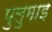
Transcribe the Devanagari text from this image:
पुलुमाइ